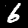
Digit: 6